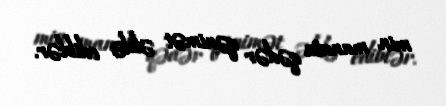
min manata qədər qənimət əldə ediblər.